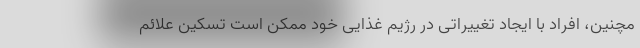
مچنین، افراد با ایجاد تغییراتی در رژیم غذایی خود ممکن است تسکین علائم